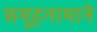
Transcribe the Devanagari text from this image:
समूहनामाने